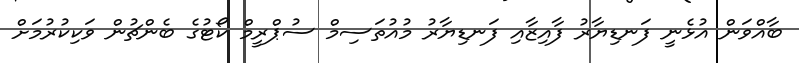
ބާއްވަން އުޅެނީ ފަނޑިޔާރު ފާއިޒާއި ފަނޑިޔާރު މުއުތަސިމް ސުޕްރީމް ކޯޓުގެ ބެންޗުން ވަކިކުރުމަށް